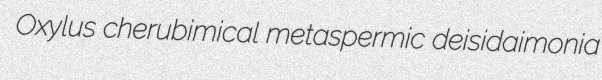
Oxylus cherubimical metaspermic deisidaimonia